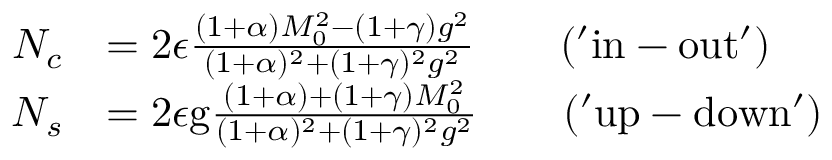
\begin{array} { r l } { N _ { c } } & { = 2 \epsilon \frac { ( 1 + \alpha ) M _ { 0 } ^ { 2 } - ( 1 + \gamma ) g ^ { 2 } } { ( 1 + \alpha ) ^ { 2 } + ( 1 + \gamma ) ^ { 2 } g ^ { 2 } } \qquad \mathrm { ( ' i n - o u t ' ) } } \\ { N _ { s } } & { = 2 \epsilon \mathrm { g } \frac { ( 1 + \alpha ) + ( 1 + \gamma ) M _ { 0 } ^ { 2 } } { ( 1 + \alpha ) ^ { 2 } + ( 1 + \gamma ) ^ { 2 } g ^ { 2 } } \qquad \mathrm { ( ' u p - d o w n ' ) } } \end{array}